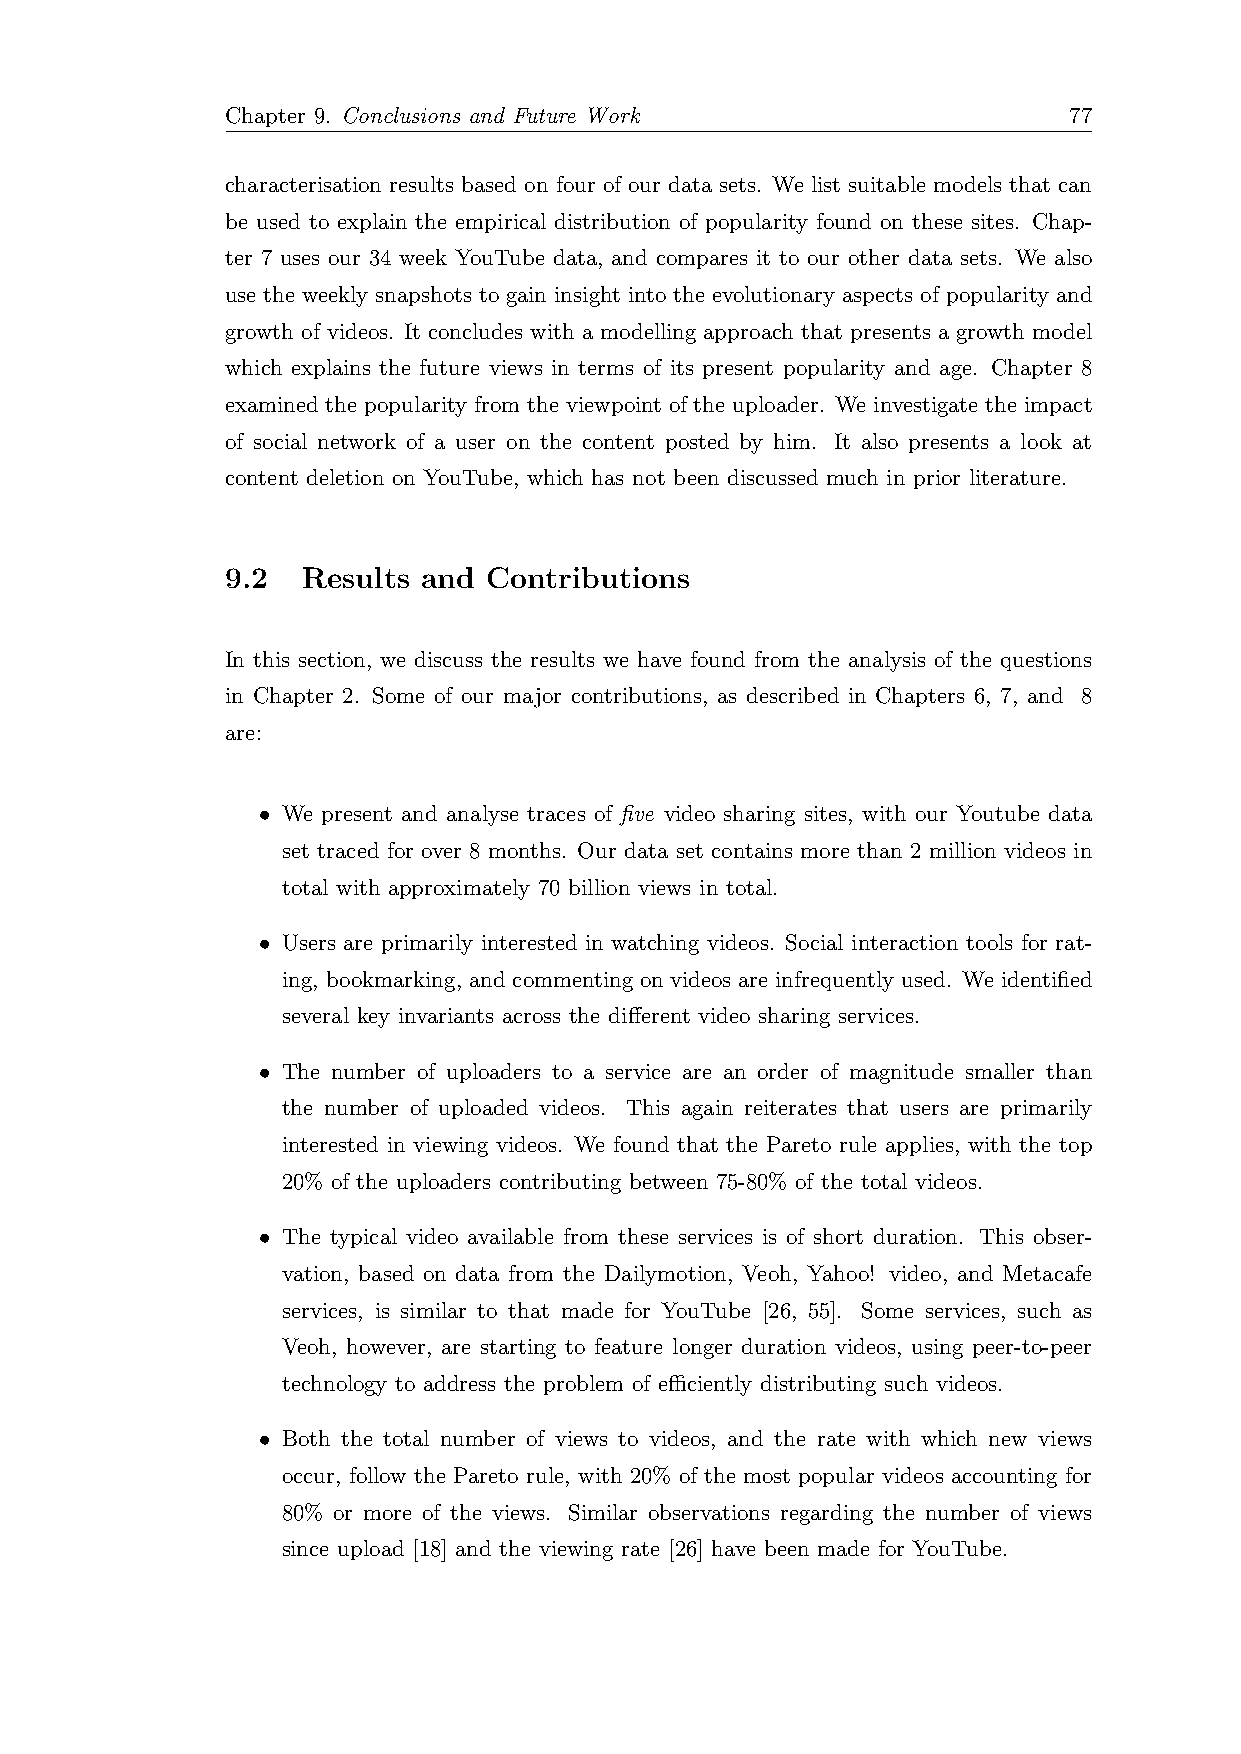
Chapter 9. Conclusions and Future Work                  77
 characterisation results based on four of our data sets. We list suitable models that can
 be used to explain the empirical distribution of popularity found on these sites. Chap-
 ter 7 uses our 34 week YouTube data, and compares it to our other data sets. We also
 use the weekly snapshots to gain insight into the evolutionary aspects of popularity and
 growth of videos. It concludes with a modelling approach that presents a growth model
 which explains the future views in terms of its present popularity and age. Chapter 8
 examined the popularity from the viewpoint of the uploader. We investigate the impact
 of social network of a user on the content posted by him. It also presents a look at
 content deletion on YouTube, which has not been discussed much in prior literature.
 9.2  Results and Contributions
 In this section, we discuss the results we have found from the analysis of the questions
 in Chapter 2. Some of our major contributions, as described in Chapters 6, 7, and 8
 are:
 • We present and analyse traces of five video sharing sites, with our Youtube data
 set traced for over 8 months. Our data set contains more than 2 million videos in
 total with approximately 70 billion views in total.
 • Users are primarily interested in watching videos. Social interaction tools for rat-
 ing, bookmarking, and commenting on videos are infrequently used. We identified
 several key invariants across the different video sharing services.
 • The number of uploaders to a service are an order of magnitude smaller than
 the number of uploaded videos. This again reiterates that users are primarily
 interested in viewing videos. We found that the Pareto rule applies, with the top
 20% of the uploaders contributing between 75-80% of the total videos.
 • The typical video available from these services is of short duration. This obser-
 vation, based on data from the Dailymotion, Veoh, Yahoo! video, and Metacafe
 services, is similar to that made for YouTube [26, 55]. Some services, such as
 Veoh, however, are starting to feature longer duration videos, using peer-to-peer
 technology to address the problem of efficiently distributing such videos.
 • Both the total number of views to videos, and the rate with which new views
 occur, follow the Pareto rule, with 20% of the most popular videos accounting for
 80% or more of the views. Similar observations regarding the number of views
 since upload [18] and the viewing rate [26] have been made for YouTube.